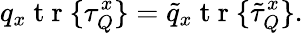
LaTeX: q_{x}\mathrm{~t~r~}\{ \tau_{Q}^{x}\} =\tilde{q}_{x}\mathrm{~t~r~}\{ \tilde{\tau}_{Q}^{x}\} .